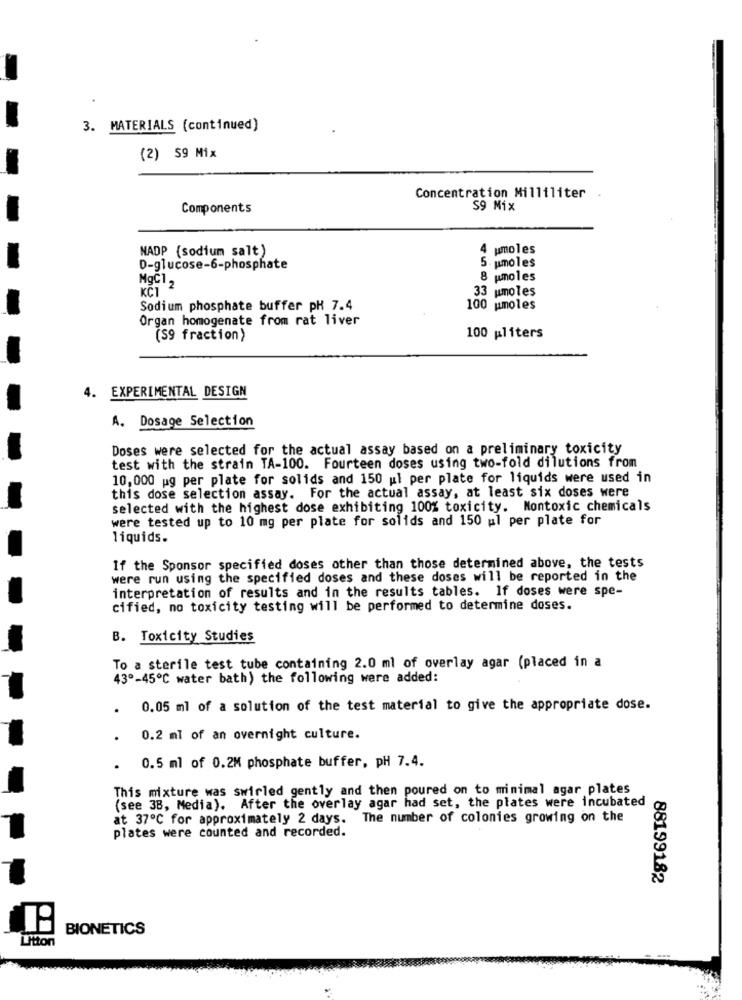
3. MATERIALS (continued)
(2) 59 Mix
Concentration Milliliter
Components
S9 Mix
NADP (sodium salt)
4 umoles
5. umoles
D-glucose-6-phosphate
MgCl 2
8 pmoles
KČ1
33 umoles
Sodium phosphate buffer pH 7.4
100 umoles
Organ homogenate from rat liver
(S9 fraction)
100 pliters
EXPERIMENTAL DESIGN
4.
A. Dosage Selection
Doses were selected for the actual assay based on a preliminary toxicity
test with the strain TA-100. Fourteen doses using two-fold dilutions from
10,000 ug per plate for solids and 150 ul per plate for liquids were used in
this dose selection assay. For the actual assay, at least six doses were
selected with the highest dose exhibiting 100% toxicity. Nontoxic chemicals
were tested up to 10 mg per plate for solids and 150 ul per plate for
liquids.
If the Sponsor specified doses other than those determined above, the tests
were run using the specified doses and these doses will be reported in the
interpretation of results and in the results tables. If doses were spe-
cified, no toxicity testing will be performed to determine doses.
B. Toxicity Studies
To a sterile test tube containing 2.0 ml of overlay agar (placed in a
43º-45℃ water bath) the following were added:
0.05 ml of a solution of the test material to give the appropriate dose.
0.2 ml of an overnight culture.
0.5 ml of 0.2M phosphate buffer, pH 7.4.
.
This mixture was swirled gently and then poured on to minimal agar plates
(see 38, Media). After the overlay agar had set, the plates were incubated
at 37ºC for approximately 2 days. The number of colonies growing on the
plates were counted and recorded.
88199182
BIONETICS
L'ttoni